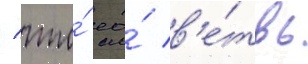
/ что́ ео́ в'е́твь